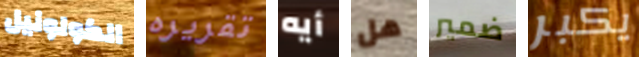
الكولونيل تقريره أيه هل ضمير يكبر